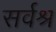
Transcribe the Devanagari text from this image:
सर्वश्र